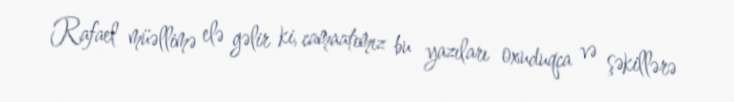
Rafael müəllimə elə gəlir ki, camaatımız bu yazıları oxuduqca və şəkillərə